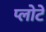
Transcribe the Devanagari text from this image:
प्लोटे